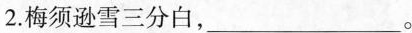
2.梅须逊雪三分白，___。